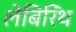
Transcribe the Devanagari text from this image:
लेबिरिंथ